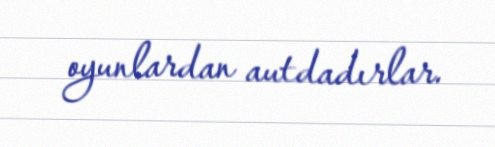
oyunlardan autdadırlar.